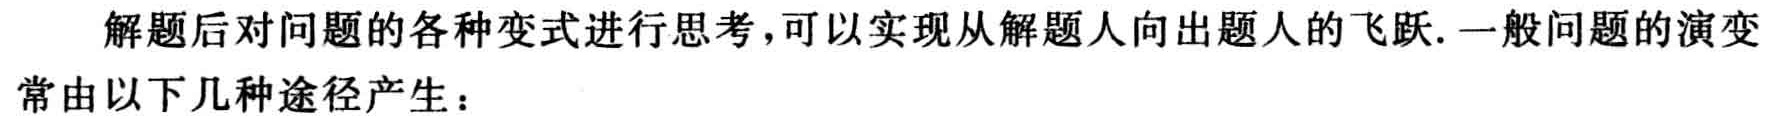
解题后对问题的各种变式进行思考，可以实现从解题人向出题人的飞跃. 一般问题的演变常由以下几种途径产生：